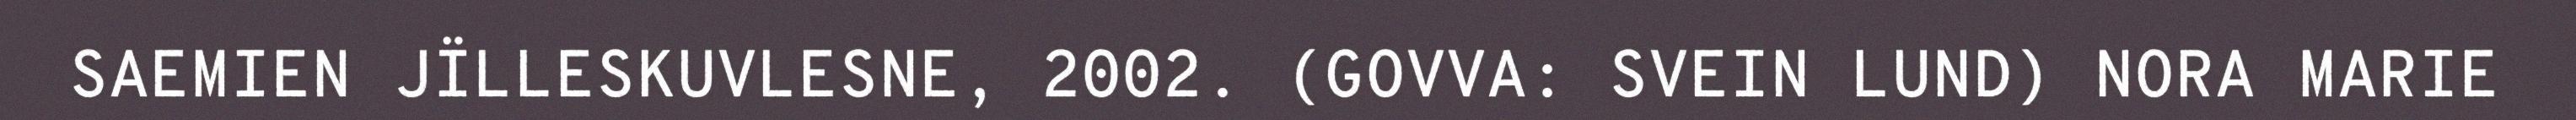
SAEMIEN JÏLLESKUVLESNE, 2002. (GOVVA: SVEIN LUND) NORA MARIE